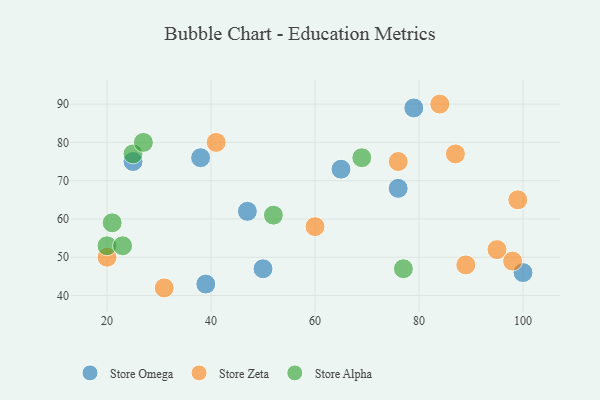
{"axis": {"x": "GDP", "y": "Life Expectancy"}, "legend": ["Store Alpha", "Store Omega", "Store Zeta"], "data": [{"x": "50", "y": 47, "type": "Store Omega"}, {"x": "47", "y": 62, "type": "Store Omega"}, {"x": "76", "y": 68, "type": "Store Omega"}, {"x": "39", "y": 43, "type": "Store Omega"}, {"x": "65", "y": 73, "type": "Store Omega"}, {"x": "38", "y": 76, "type": "Store Omega"}, {"x": "100", "y": 46, "type": "Store Omega"}, {"x": "79", "y": 89, "type": "Store Omega"}, {"x": "25", "y": 75, "type": "Store Omega"}, {"x": "76", "y": 75, "type": "Store Zeta"}, {"x": "41", "y": 80, "type": "Store Zeta"}, {"x": "20", "y": 50, "type": "Store Zeta"}, {"x": "60", "y": 58, "type": "Store Zeta"}, {"x": "95", "y": 52, "type": "Store Zeta"}, {"x": "98", "y": 49, "type": "Store Zeta"}, {"x": "99", "y": 65, "type": "Store Zeta"}, {"x": "87", "y": 77, "type": "Store Zeta"}, {"x": "31", "y": 42, "type": "Store Zeta"}, {"x": "84", "y": 90, "type": "Store Zeta"}, {"x": "89", "y": 48, "type": "Store Zeta"}, {"x": "52", "y": 61, "type": "Store Alpha"}, {"x": "20", "y": 53, "type": "Store Alpha"}, {"x": "25", "y": 77, "type": "Store Alpha"}, {"x": "23", "y": 53, "type": "Store Alpha"}, {"x": "69", "y": 76, "type": "Store Alpha"}, {"x": "27", "y": 80, "type": "Store Alpha"}, {"x": "77", "y": 47, "type": "Store Alpha"}, {"x": "21", "y": 59, "type": "Store Alpha"}]}